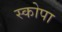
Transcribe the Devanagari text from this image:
स्कोपा